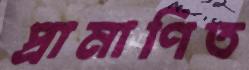
প্রামাণিত